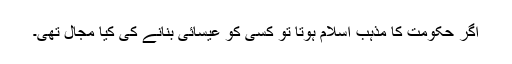
اگر حکومت کا مذہب اسلام ہوتا تو کسی کو عیسائی بنانے کی کیا مجال تھی۔